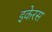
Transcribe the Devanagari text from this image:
इकेरस